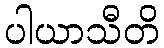
ပါယာသီတိ